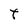
Character: T